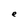
Character: e